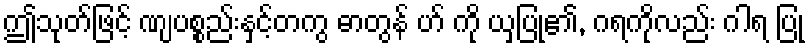
ဤသုတ်ဖြင့် ဏျပစ္စည်းနှင့်တကွ ဓာတွန် ဟ် ကို ယှပြု၏, ဂရကိုလည်း ဂါရ ပြု